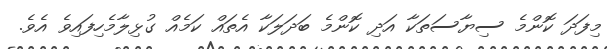
މިފަދަ ކޮންމެ ސިޔާސަތަކާ އަދި ކޮންމެ ބަދަލަކާ އެތައް ކަމެއް ގުޅިލާމެހިފައިވެ އެވެ.